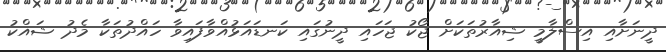
ދީނަށާއި އިސްލާމީ ޝިއާރުތަކަށް ޖޯކު ޖަހައި ދީނުގައި ކަނޑައަޅުއްވާފައިވާ ހައްދުތަކާ މެދު ޝައްކު